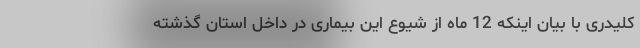
کلیدری با بیان اینکه 12 ماه از شیوع این بیماری در داخل استان گذشته